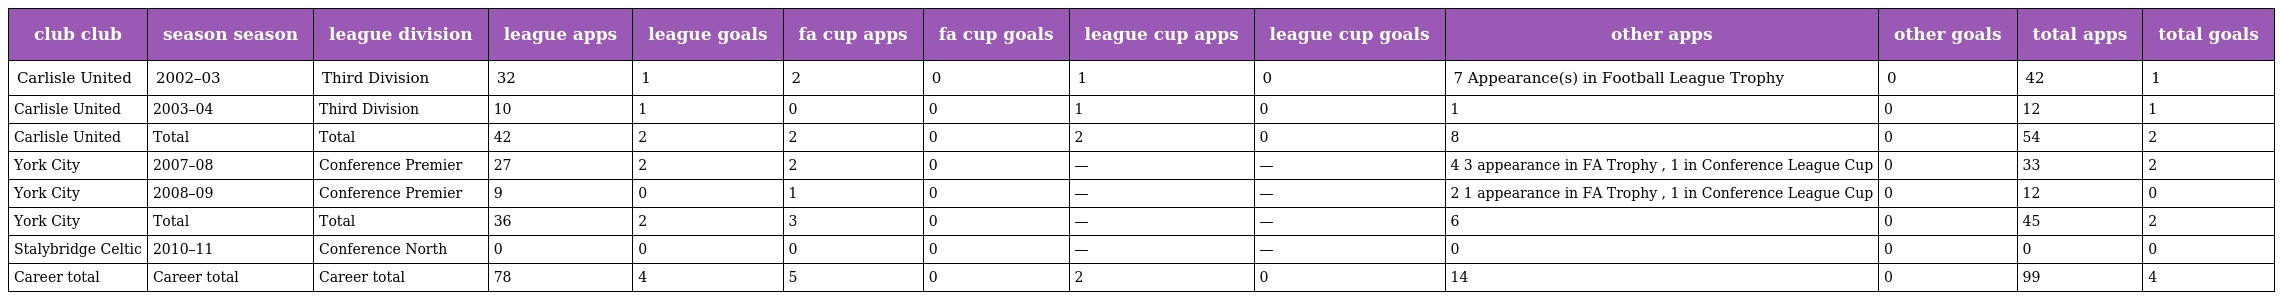
| club club | season season | league division | league apps | league goals | fa cup apps | fa cup goals | league cup apps | league cup goals | other apps | other goals | total apps | total goals |
 | --- | --- | --- | --- | --- | --- | --- | --- | --- | --- | --- | --- | --- |
 | Carlisle United | 2002–03 | Third Division | 32 | 1 | 2 | 0 | 1 | 0 | 7 Appearance(s) in Football League Trophy | 0 | 42 | 1 |
 | Carlisle United | 2003–04 | Third Division | 10 | 1 | 0 | 0 | 1 | 0 | 1 | 0 | 12 | 1 |
 | Carlisle United | Total | Total | 42 | 2 | 2 | 0 | 2 | 0 | 8 | 0 | 54 | 2 |
 | York City | 2007–08 | Conference Premier | 27 | 2 | 2 | 0 | — | — | 4 3 appearance in FA Trophy , 1 in Conference League Cup | 0 | 33 | 2 |
 | York City | 2008–09 | Conference Premier | 9 | 0 | 1 | 0 | — | — | 2 1 appearance in FA Trophy , 1 in Conference League Cup | 0 | 12 | 0 |
 | York City | Total | Total | 36 | 2 | 3 | 0 | — | — | 6 | 0 | 45 | 2 |
 | Stalybridge Celtic | 2010–11 | Conference North | 0 | 0 | 0 | 0 | — | — | 0 | 0 | 0 | 0 |
 | Career total | Career total | Career total | 78 | 4 | 5 | 0 | 2 | 0 | 14 | 0 | 99 | 4 |